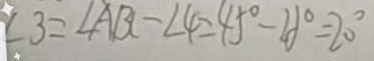
\angle 3 = \angle A B C - \angle 4 = 4 5 ^ { \circ } - 2 5 ^ { \circ } = 2 0 ^ { \circ }